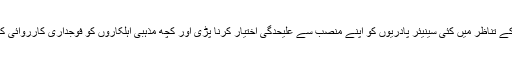
ان واقعات کی شدت کے تناظر میں کئی سینیئر پادریوں کو اپنے منصب سے علیحدگی اختیار کرنا پڑی اور کچھ مذہبی اہلکاروں کو فوجداری کارروائی کا بھی سامنا کرنا پڑا۔